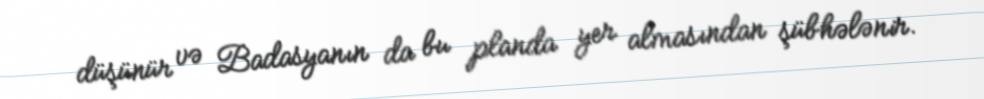
düşünür və Badasyanın da bu planda yer almasından şübhələnir.